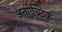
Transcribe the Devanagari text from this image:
अनऐच्छिक